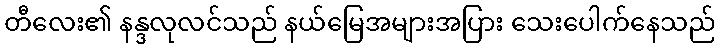
တီလေး၏ နန္ဒလုလင်သည် နယ်မြေအများအပြား သေးပေါက်နေသည်